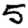
Digit: 5